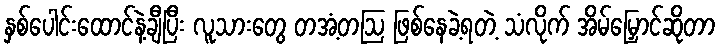
နှစ်ပေါင်းထောင်နဲ့ချီပြီး လူသားတွေ တအံ့တဩ ဖြစ်နေခဲ့ရတဲ့ သံလိုက် အိမ်မြှောင်ဆိုတာ